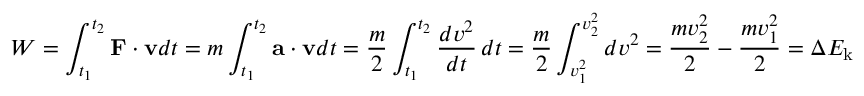
W = \int _ { t _ { 1 } } ^ { t _ { 2 } } \mathbf { F } \cdot \mathbf { v } d t = m \int _ { t _ { 1 } } ^ { t _ { 2 } } \mathbf { a } \cdot \mathbf { v } d t = { \frac { m } { 2 } } \int _ { t _ { 1 } } ^ { t _ { 2 } } { \frac { d v ^ { 2 } } { d t } } \, d t = { \frac { m } { 2 } } \int _ { v _ { 1 } ^ { 2 } } ^ { v _ { 2 } ^ { 2 } } d v ^ { 2 } = { \frac { m v _ { 2 } ^ { 2 } } { 2 } } - { \frac { m v _ { 1 } ^ { 2 } } { 2 } } = \Delta E _ { \mathrm { k } }